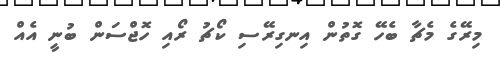
މިރޭގެ މެޗާ ބެހޭ ގޮތުން އިނގިރޭސި ކޯޗު ރޯއި ހޮޖްސަން ބުނީ އެއް